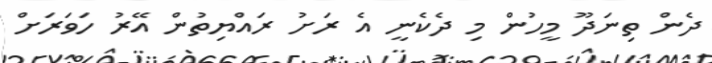
ދެން ތިނަދޫ މީހުން މި ދެކެނީ އެ ރަށު ރައްޔިތުން އޭރު ހަވަރަށް